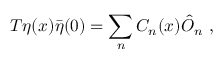
T \eta ( x ) \bar { \eta } ( 0 ) = \sum _ { n } C _ { n } ( x ) \hat { O } _ { n } \ ,